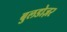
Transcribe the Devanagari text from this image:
बुलडोज़र